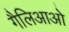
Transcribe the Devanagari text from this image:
गैलिआओ